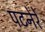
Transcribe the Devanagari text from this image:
पटनेरे